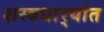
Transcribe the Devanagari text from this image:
शस्त्रधार्‍यांत